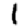
Digit: 1